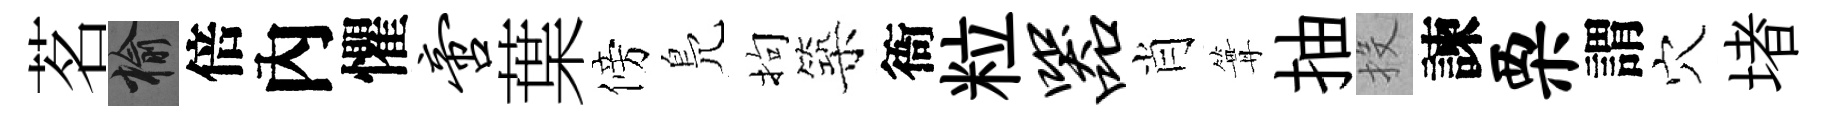
茗榆倍內懼啻葉傍鳬拘築衙粒器肖篝抽投諫栗謂穴堵